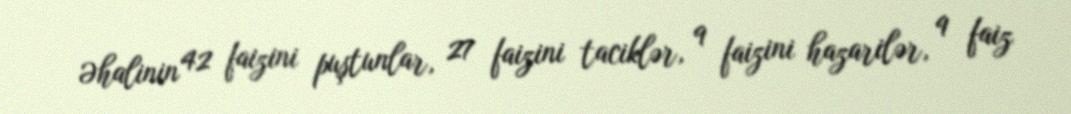
Əhalinin 42 faizini puştunlar, 27 faizini taciklər, 9 faizini hazarilər, 9 faiz